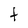
Character: t